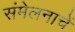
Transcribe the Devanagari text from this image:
संमेलनाचें